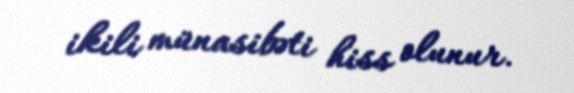
ikili münasibəti hiss olunur.